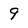
Character: 9